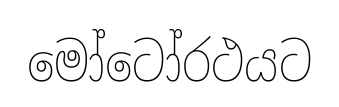
මෝටෝරථයට